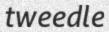
tweedle